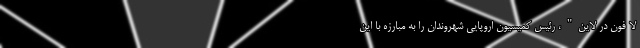
لا فون در لاین"، رئیس کمیسیون اروپایی شهروندان را به مبارزه با این